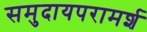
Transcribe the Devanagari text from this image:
समुदायपरामर्श